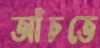
আঁচতে